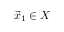
{ \vec { x } } _ { 1 } \in X